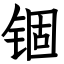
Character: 锢